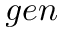
g e n